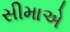
સીમાએ